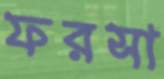
ফরসা